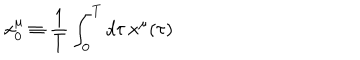
x _ { 0 } ^ { \mu } \equiv { \frac { 1 } { T } } \int _ { 0 } ^ { T } d \tau \, x ^ { \mu } ( \tau )